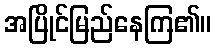
အပြိုင်မြည်နေကြ၏။